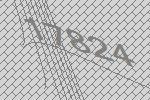
17824